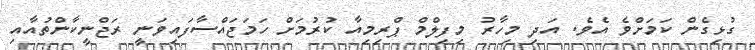
ގުޅިގެން ކަަމަށްވެ އެވެ. އަދި މިހާރު މިފިލްމް ޕްރިމިއާ ކުރުމަށް ހަމަޖައްސާފައިވަނީ ރަޖްނީކާންތުއާއި